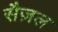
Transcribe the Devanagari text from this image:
सैज़ल